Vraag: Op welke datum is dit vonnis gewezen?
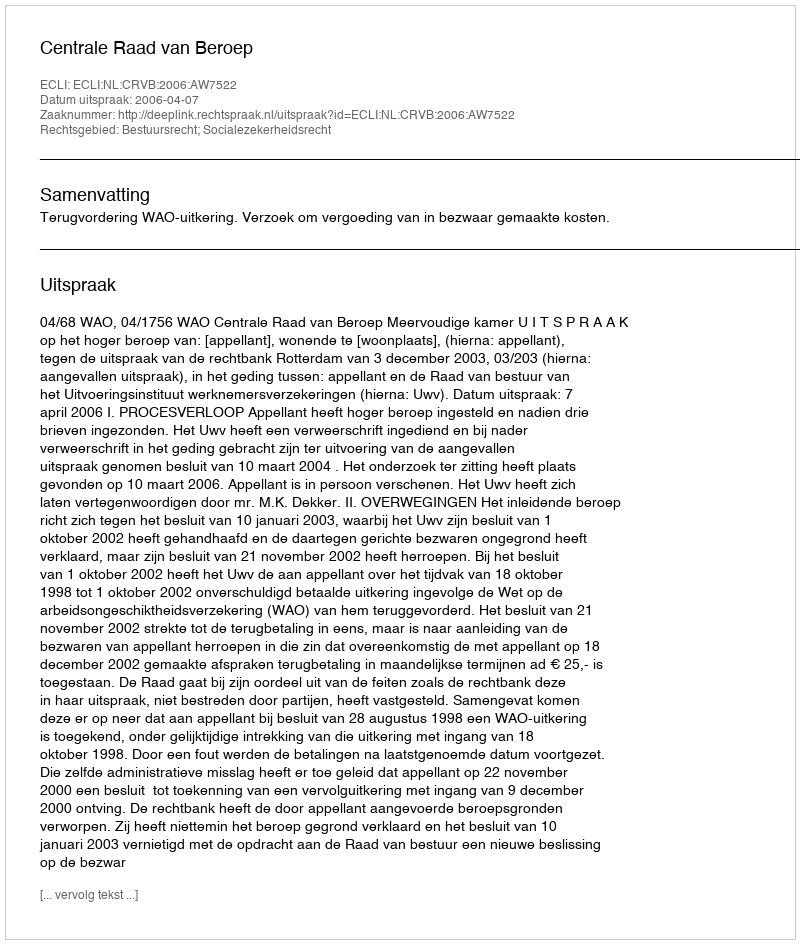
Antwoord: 2006-04-07